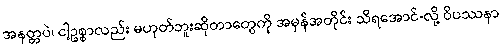
အနတ္တပဲ၊ ငါ့ဥစ္စာလည်း မဟုတ်ဘူးဆိုတာတွေကို အမှန်အတိုင်း သိရအောင်-လို့ ဝိပဿနာ